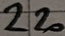
Text: 220